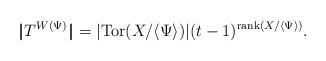
LaTeX: \begin{align*}|\!|T^{W(\Psi)}|\!|=|\mathrm{Tor}(X/\langle \Psi \rangle)| (t-1)^{\mathrm{rank}(X/\langle \Psi \rangle )}.\end{align*}